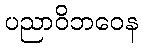
ပညာဝိဘဝေန